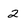
Character: 2